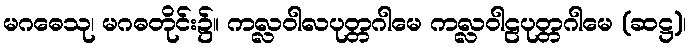
မဂဓေသု၊ မဂဓတိုင်း၌။ ကလ္လဝါလပုတ္တဂါမေ ကလ္လဝါဠပုတ္တဂါမေ (ဆဋ္ဌ)၊